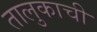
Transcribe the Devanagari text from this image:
तालुकाची